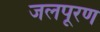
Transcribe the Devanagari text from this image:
जलपूरण